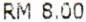
RM 8.00